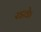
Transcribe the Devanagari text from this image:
रडके